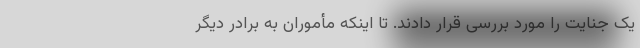
یک جنایت را مورد بررسی قرار دادند. تا اینکه مأموران به برادر دیگر